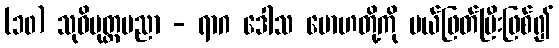
(၁၀) သုဝိမုတ္တပညာ - ရာဂ ဒေါသ မောဟတို့ကို ပယ်ဖြတ်ပြီးဖြစ်၍